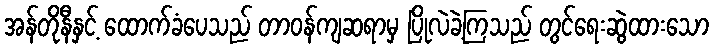
အန်တိုနီနှင့် ထောက်ခံပေသည် တာဝန်ကျဆရာမှ ပြိုလဲခဲ့ကြသည် တွင်ရေးဆွဲထားသော